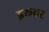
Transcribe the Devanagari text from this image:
इरूवर